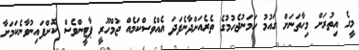
މީގެ އިތުރަށް މިހާތަނަށް ގައުމު ހަމަނުޖެހުމުގެ ތެރެއަށްދާނެފަދަ އެއްވެސްކަމެއް ޖުމްހޫރީ ޕާޓީންވެސް ކޮށްފައިނުވާނެކަމަށާ